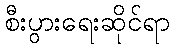
စီးပွားရေးဆိုင်ရာ